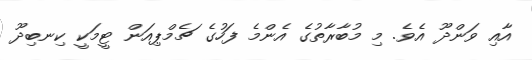
އާއި ވަންދޫ އެވެ. މި މުބާރާތުގެ އެންމެ ފަހުގެ ޗެމްޕިއަން ޓީމަކީ ކިނބިދޫ